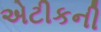
એટીકની